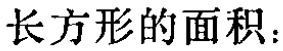
长方形的面积：